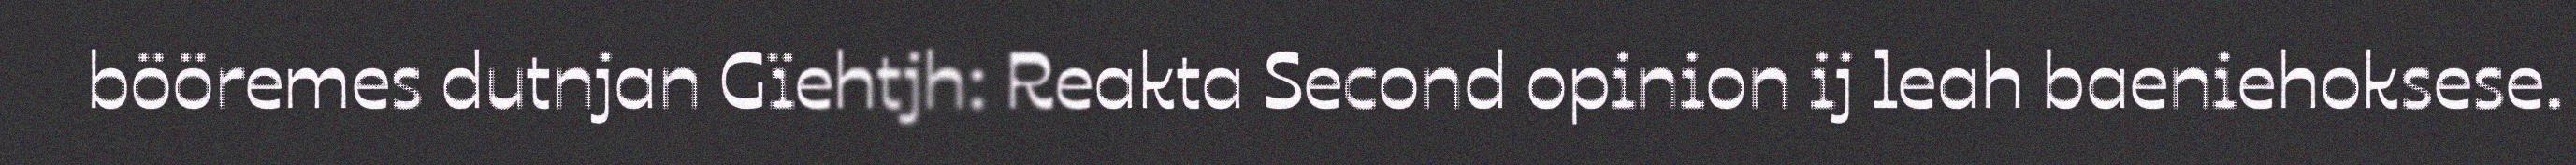
bööremes dutnjan Gïehtjh: Reakta Second opinion ij leah baeniehoksese.